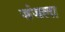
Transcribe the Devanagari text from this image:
जंजला